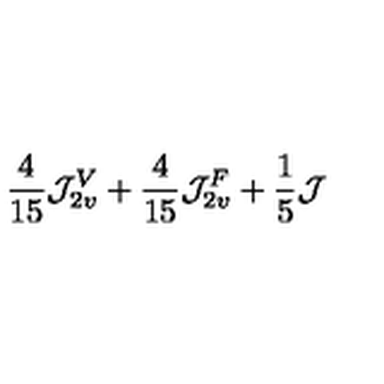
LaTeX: \frac { 4 } { 1 5 } { \cal J } _ { 2 v } ^ { V } + \frac { 4 } { 1 5 } { \cal J } _ { 2 v } ^ { F } + { \frac { 1 } { 5 } } { \cal J }